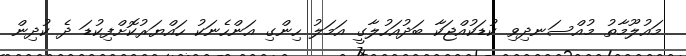
މައުލޫމާތު މުއްސަނދިވި ކުޑަކުއްޖަކާ ބަދުއަހުލާގީ އަމަލު ހިންގި އަންހެނަކު ހައްޔަރުކޮށްފިކުޑަ ދެ ކުދިން